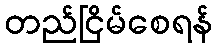
တည်ငြိမ်စေရန်